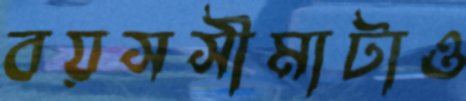
বয়সসীমাটাও